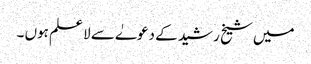
میں شیخ رشید کے دعوےٰ سے لا علم ہوں ۔